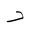
Letter: _dal